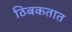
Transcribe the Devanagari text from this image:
ठिबकतात